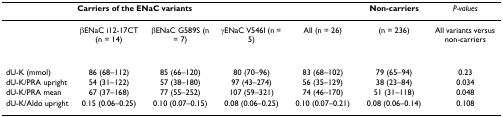
<table><thead><tr><td></td><td colspan="4"><b>Carriers of the ENaC variants</b></td><td><b>Non-carriers</b></td><td><b><i>P-values</i></b></td></tr></thead><tbody><tr><td></td><td>βENaC i12-17CT (n = 14)</td><td>βENaC G589S (n = 7)</td><td>γENaC V546I (n = 5)</td><td>All (n = 26)</td><td>(n = 236)</td><td>All variants versus non-carriers</td></tr><tr><td>dU-K (mmol)</td><td>86 (68–112)</td><td>85 (66–120)</td><td>80 (70–96)</td><td>83 (68–102)</td><td>79 (65–94)</td><td>0.23</td></tr><tr><td>dU-K/PRA upright</td><td>54 (31–122)</td><td>57 (38–180)</td><td>97 (43–274)</td><td>56 (35–129)</td><td>38 (23–84)</td><td>0.034</td></tr><tr><td>dU-K/PRA mean</td><td>67 (37–168)</td><td>77 (55–252)</td><td>107 (59–321)</td><td>74 (46–170)</td><td>51 (31–118)</td><td>0.048</td></tr><tr><td>dU-K/Aldo upright</td><td>0.15 (0.06–0.25)</td><td>0.10 (0.07–0.15)</td><td>0.08 (0.06–0.25)</td><td>0.10 (0.07–0.21)</td><td>0.08 (0.06–0.14)</td><td>0.108</td></tr></tbody></table>